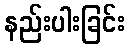
နည်းပါးခြင်း